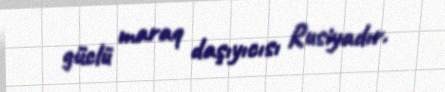
güclü maraq daşıyıcısı Rusiyadır.